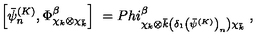
\left[ \bar { \psi } _ { n } ^ { ( K ) } , \Phi _ { \chi _ { k } \otimes \chi _ { \bar { k } } } ^ { \beta } \right] \ = P h i _ { \chi _ { k } \otimes \bar { k } \left( \delta _ { 1 } \left( \bar { \psi } ^ { ( K ) } \right) _ { n } \right) \chi _ { \bar { k } } } ^ { \beta } \ ,